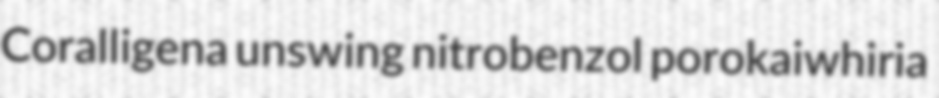
Coralligena unswing nitrobenzol porokaiwhiria